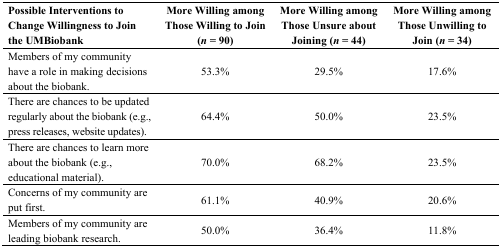
| Possible Interventions to Change Willingness to Join the UMBiobank | More Willing among Those Willing to Join (n = 90) | More Willing among Those Unsure about Joining (n = 44) | More Willing among Those Unwilling to Join (n = 34) |
 | --- | --- | --- | --- |
 | Members of my community have a role in making decisions about the biobank. | 53.3% | 29.5% | 17.6% |
 | There are chances to be updated regularly about the biobank (e.g., press releases, website updates). | 64.4% | 50.0% | 23.5% |
 | There are chances to learn more about the biobank (e.g., educational material). | 70.0% | 68.2% | 23.5% |
 | Concerns of my community are put first. | 61.1% | 40.9% | 20.6% |
 | Members of my community are leading biobank research. | 50.0% | 36.4% | 11.8% |